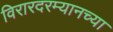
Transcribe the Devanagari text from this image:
विरारदरम्यानच्या